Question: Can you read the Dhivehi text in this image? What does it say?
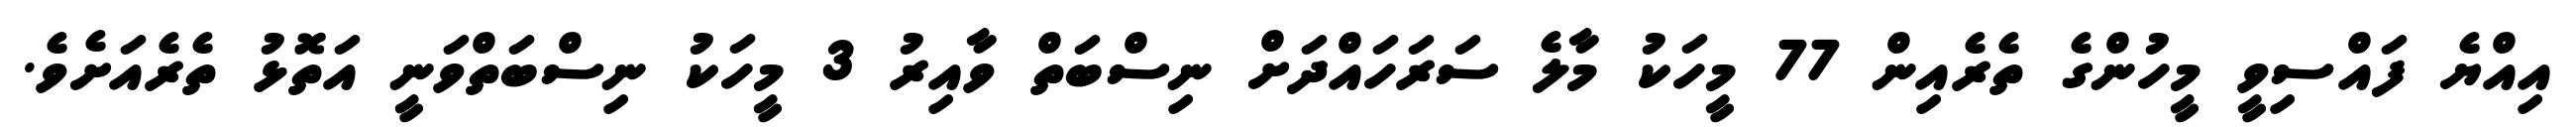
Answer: އިއްޔެ ފައްސިވީ މީހުންގެ ތެރެއިން 77 މީހަކު މާލެ ސަރަހައްދަށް ނިސްބަތް ވާއިރު 3 މީހަކު ނިސްބަތްވަނީ އަތޮޅު ތެރެއަށެވެ.